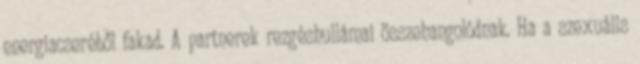
energiacseréből fakad. A partnerek rezgéshullámai összehangolódnak. Ha a szexuális